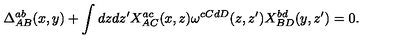
\Delta _ { A B } ^ { a b } ( x , y ) + \int d z d z ^ { \prime } X _ { A C } ^ { a c } ( x , z ) \omega ^ { c C d D } ( z , z ^ { \prime } ) X _ { B D } ^ { b d } ( y , z ^ { \prime } ) = 0 .